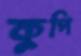
কুপি